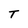
Character: T